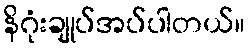
နိဂုံးချုပ်အပ်ပါတယ်။